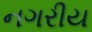
નગરીય